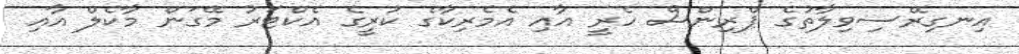
އިނގިރޭސިވިލާތުގެ ޕްރިންސް ހެރީ އާއި އެމެރިކާގެ ކުރީގެ އެކްޓަރު މޭގަން މާކެލް އާއި